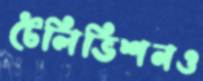
টেলিভিশনও